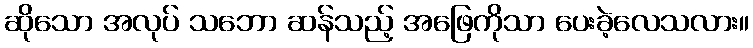
ဆိုသော အလုပ် သဘော ဆန်သည့် အဖြေကိုသာ ပေးခဲ့လေသလား။